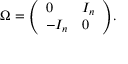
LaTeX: \Omega = { \left( \begin{array} { l l } { 0 } & { I _ { n } } \\ { - I _ { n } } & { 0 } \end{array} \right) } .